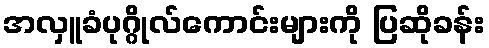
အလှူခံပုဂ္ဂိုလ်ကောင်းများကို ပြဆိုခန်း